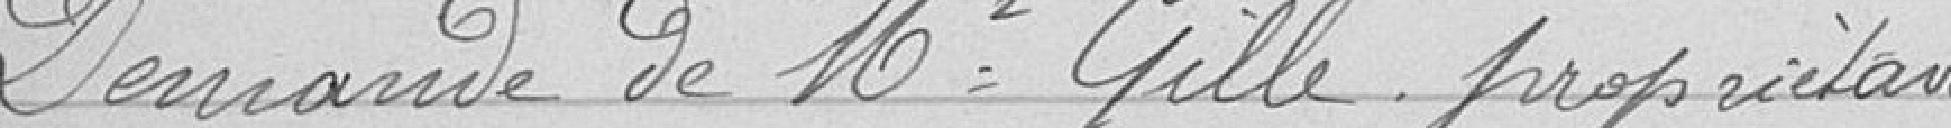
Demande de Monsieur Gille propriétaire